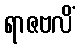
ရာဇဗလိံ